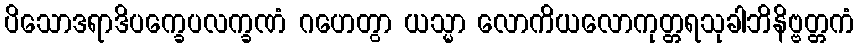
ပိသောဒရာဒိပက္ခေပလက္ခဏံ ဂဟေတွာ ယသ္မာ လောကိယလောကုတ္တရသုခါဘိနိဗ္ဗတ္တကံ